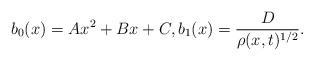
LaTeX: \begin{align*}b_{0}(x)=Ax^{2}+Bx+C, b_{1}(x) = \frac{D}{\rho(x,t)^{1/2}}. \end{align*}